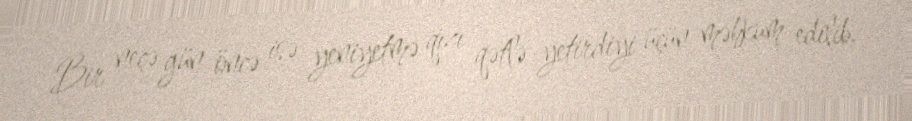
Bir neçə gün öncə isə yeniyetmə qızı qətlə yetirdiyi üçün məhkum edilib.